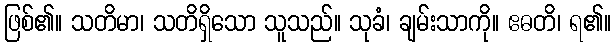
ဖြစ်၏။ သတိမာ၊ သတိရှိသော သူသည်။ သုခံ၊ ချမ်းသာကို။ ဧဓတိ၊ ရ၏။